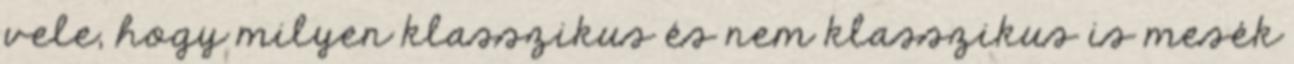
vele, hogy milyen klasszikus és nem klasszikus is mesék